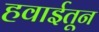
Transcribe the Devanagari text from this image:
हवाईतून